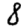
Digit: 8